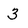
Character: 3